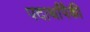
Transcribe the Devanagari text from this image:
पदार्थांपैकी